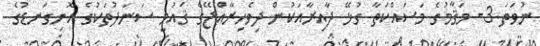
ނުވަތަ 3- މަޤާމުގެ މަސައްކަތާ ގުޅޭ ދާއިރާއަކުން ދިވެހިރާއްޖޭގެ ޤައުމީ ސަނަދުތަކުގެ އޮނިގަނޑުގެ